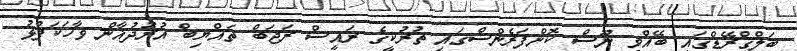
ބަލްގްރޭޑްގައި ބޭއްވި ނޫސް ކޮންފަރެންސްގައި ތުރުކީގެ ރައީސް ރަޖަބް ތައްޔިބް އުރުދުޣާން ވާހަކަފުޅު